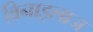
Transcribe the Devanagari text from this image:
विनाइलाज